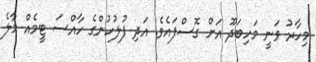
މިހާރު ވަނީ މަހިބަދޫ އަށް ގޮސްފައެވެ. އަދި ފުލުހުންގެ ހާއްސަ ޓީމެއް މާލެ